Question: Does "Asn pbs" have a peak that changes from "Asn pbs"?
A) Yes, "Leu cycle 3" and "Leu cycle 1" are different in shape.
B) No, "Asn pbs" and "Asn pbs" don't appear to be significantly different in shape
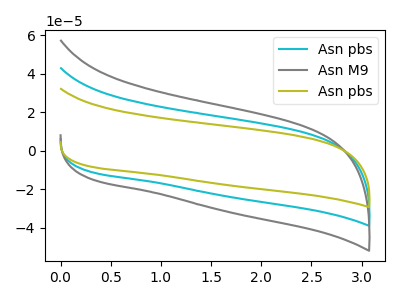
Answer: <think>The cyan curve "Asn pbs" has no peaks. The gray curve "Asn M9" has no peaks. The olive curve "Asn pbs" has no peaks.
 Neither "Asn pbs" or "Asn pbs" have any peaks.</think>
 <answer>B) No, "Asn pbs" and "Asn pbs" don't appear to be significantly different in shape</answer>
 <eval>B</eval>